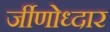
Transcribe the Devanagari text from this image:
र्जीणोध्दार